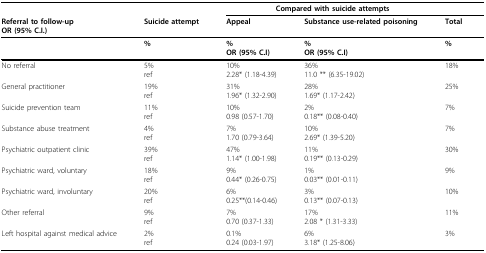
|  |  | <COLSPAN=2> Compared with suicide attempts |  |
 | Referral to follow-upOR (95% C.I.) | Suicide attempt | Appeal | Substance use-related poisoning | Total |
 | --- | --- | --- | --- | --- |
 |  | % | %OR (95% C.I) | %OR (95% C.I) | % |
 | No referral | 5%ref | 10%2.28* (1.18-4.39) | 36%11.0 ** (6.35-19.02) | 18% |
 | General practitioner | 19%ref | 31%1.96* (1.32-2.90) | 28%1.69* (1.17-2.42) | 25% |
 | Suicide prevention team | 11%ref | 10%0.98 (0.57-1.70) | 2%0.18** (0.08-0.40) | 7% |
 | Substance abuse treatment | 4%ref | 7%1.70 (0.79-3.64) | 10%2.69* (1.39-5.20) | 7% |
 | Psychiatric outpatient clinic | 39%ref | 47%1.14* (1.00-1.98) | 11%0.19** (0.13-0.29) | 30% |
 | Psychiatric ward, voluntary | 18%ref | 9%0.44* (0.26-0.75) | 1%0.03** (0.01-0.11) | 9% |
 | Psychiatric ward, involuntary | 20%ref | 6%0.25**(0.14-0.46) | 3%0.13** (0.07-0.13) | 10% |
 | Other referral | 9%ref | 7%0.70 (0.37-1.33) | 17%2.08 * (1.31-3.33) | 11% |
 | Left hospital against medical advice | 2%ref | 0.1%0.24 (0.03-1.97) | 6%3.18* (1.25-8.06) | 3% |